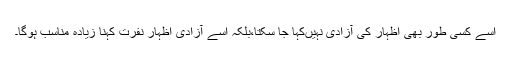
اسے کسی طور بھی اظہار کی آزادی نہیںکہا جا سکتا،بلکہ اسے آزادی اظہار نفرت کہنا زیادہ مناسب ہوگا۔